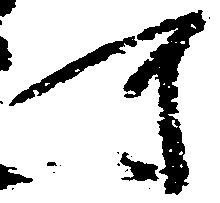
可